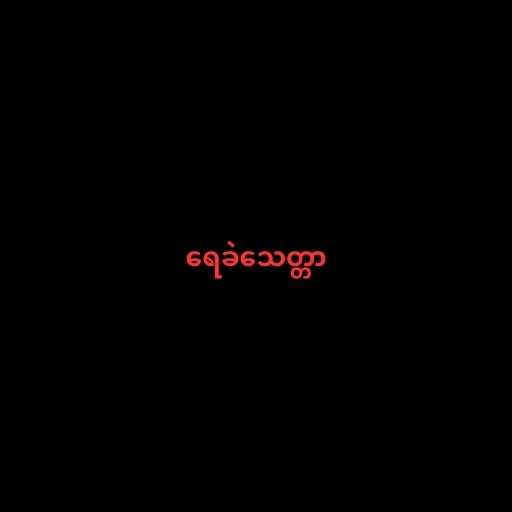
ရေခဲသေတ္တာ